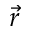
\vec { r }